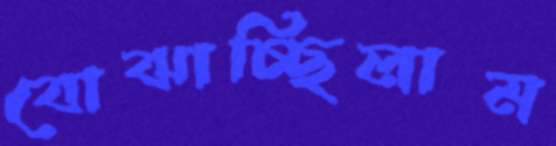
বোঝাচ্ছিলাম